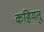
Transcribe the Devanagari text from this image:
कहियतु